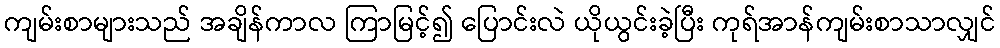
ကျမ်းစာများသည် အချိန်ကာလ ကြာမြင့်၍ ပြောင်းလဲ ယိုယွင်းခဲ့ပြီး ကုရ်အာန်ကျမ်းစာသာလျှင်